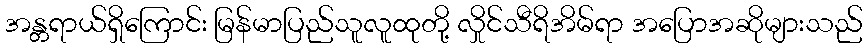
အန္တရာယ်ရှိကြောင်း မြန်မာပြည်သူလူထုတို့ လှိုင်သီရိအိမ်ရာ အပြောအဆိုများသည်